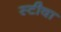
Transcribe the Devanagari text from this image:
स्टीवा